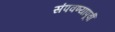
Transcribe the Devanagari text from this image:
संपवण्यापूर्वी